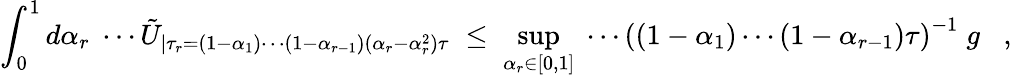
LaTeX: \int_{0}^{1}d\alpha_{r}\; \cdots\tilde{U}_{|\tau_{r}=(1-\alpha_{1})\cdots(1-\alpha_{r-1})(\alpha_{r}-\alpha_{r}^{2})\tau}\; \leq\; \operatorname*{sup}_{\alpha_{r}\in[0,1]}\; \cdots\left((1-\alpha_{1})\cdots(1-\alpha_{r-1})\tau\right)^{-1}\; g\; \; \; ,